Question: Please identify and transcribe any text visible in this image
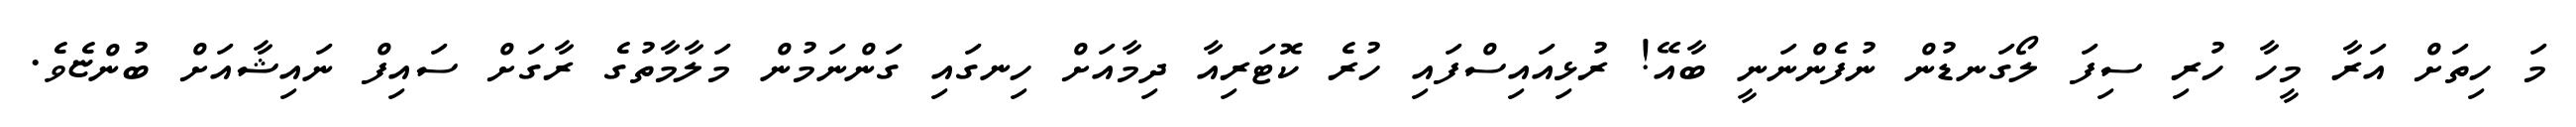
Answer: މަ ހިތަށް އަރާ މީހާ ހުރި ސިފަ ލޯގަނޑުން ނުފެންނަނީ ބާއޭ! ރުޅިއައިސްފައި ހުރެ ކޮޓަރިއާ ދިމާއަށް ހިނގައި ގަންނަމުން މަލާމާތުގެ ރާގަށް ސައިފް ނައިޝާއަށް ބުންޏެވެ.